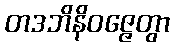
တဒဘိနိဝဇ္ဇေတွာ